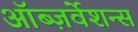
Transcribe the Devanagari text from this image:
ऑब्ज़र्वेशन्स